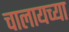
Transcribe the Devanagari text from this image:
चालायच्या